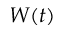
W ( t )